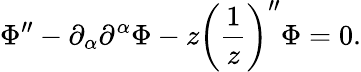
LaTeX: \Phi^{\prime\prime}-\partial_{\alpha}\partial^{\alpha}\Phi-z\biggl(\frac{1}{z}\biggr)^{\prime\prime}\Phi=0.